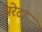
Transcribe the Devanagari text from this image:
सरेटा